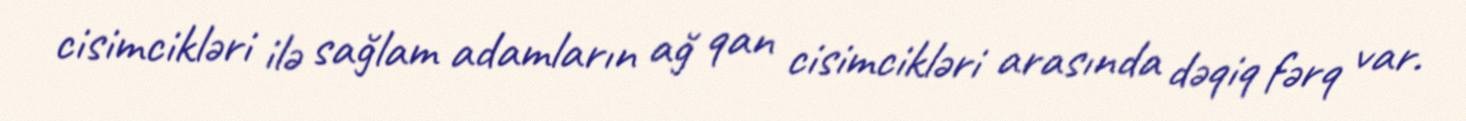
cisimcikləri ilə sağlam adamların ağ qan cisimcikləri arasında dəqiq fərq var.